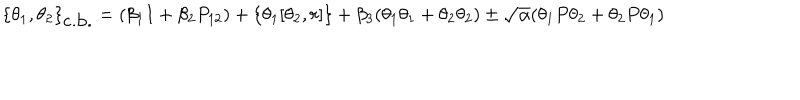
LaTeX: \{ \theta _ { 1 } , \theta _ { 2 } \} _ { \mathrm { c . b . } } = ( \beta _ { 1 } I + \beta _ { 2 } P _ { 1 2 } ) + \{ \theta _ { 1 } [ \theta _ { 2 } , r ] \} + \beta _ { 3 } ( \theta _ { 1 } \theta _ { 1 } + \theta _ { 2 } \theta _ { 2 } ) \pm \sqrt { \alpha } ( \theta _ { 1 } P \theta _ { 2 } + \theta _ { 2 } P \theta _ { 1 } )